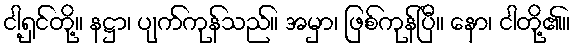
ငါ့ရှင်တို့။ နဋ္ဌာ၊ ပျက်ကုန်သည်။ အမှာ၊ ဖြစ်ကုန်ပြီ။ နော၊ ငါတို့၏။